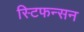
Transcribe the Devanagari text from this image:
स्टिफन्सन